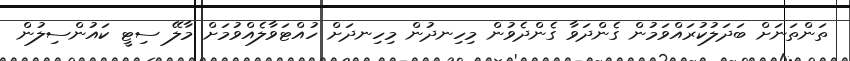
ތަންތަނަށް ބަދަލުކުރައްވަމުން ގެންދަވާ ގެންދެވުން މިހިނދުން މިހިނދަށް ހުއްޓަވާލެއްވުމަށް މާލޭ ސިޓީ ކައުންސިލުން